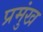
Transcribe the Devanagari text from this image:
प्रमुंख